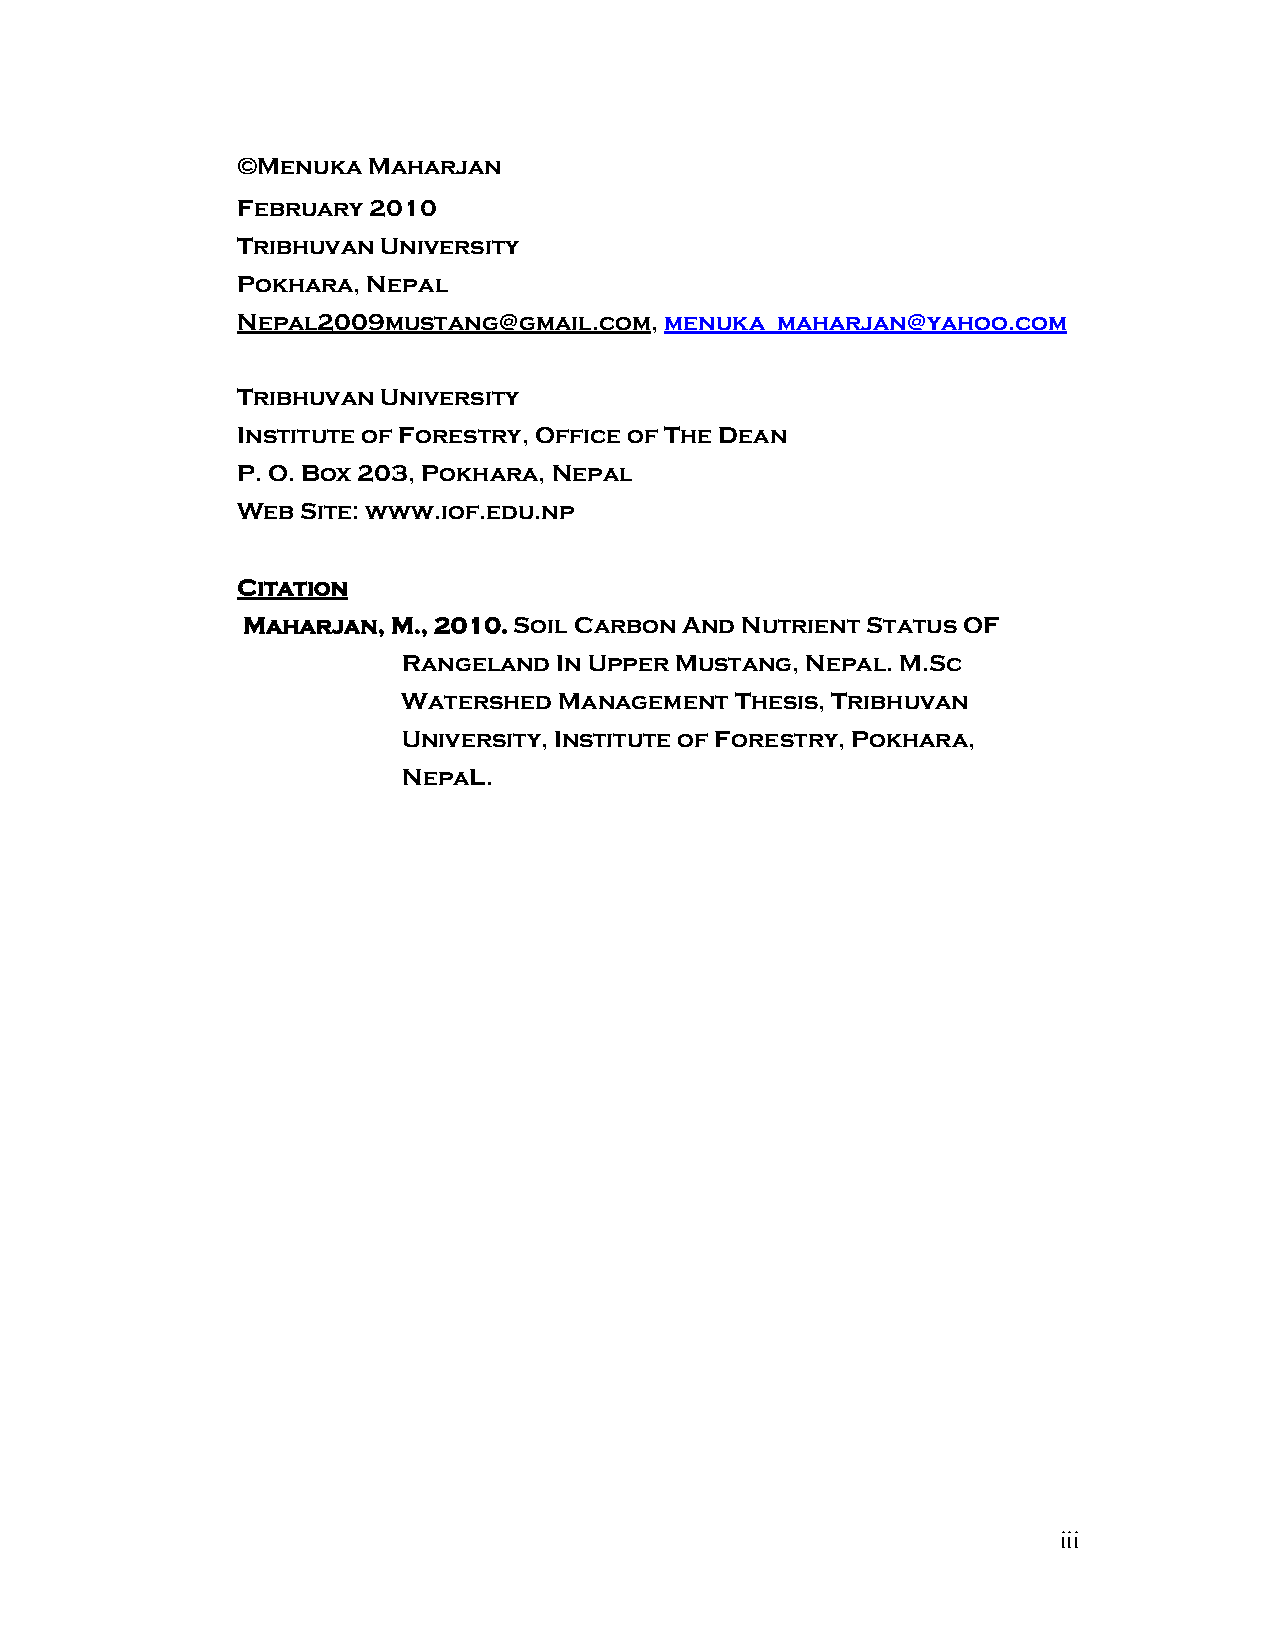
©Menuka Maharjan
 February 2010
 Tribhuvan University
 Pokhara, Nepal
 Nepal2009mustang@gmail.com, menuka_maharjan@yahoo.com
 Tribhuvan University
 Institute of Forestry, Office of The Dean
 P. O. Box 203, Pokhara, Nepal
 Web Site: www.iof.edu.np
 Citation
 Maharjan, M., 2010. Soil Carbon And Nutrient Status OF
 Rangeland In Upper Mustang, Nepal. M.Sc
 Watershed Management  Thesis, Tribhuvan
 University, Institute of Forestry, Pokhara,
 NepaL.
 iii